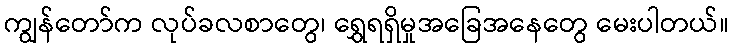
ကျွန်တော်က လုပ်ခလစာတွေ၊ ရွှေရရှိမှုအခြေအနေတွေ မေးပါတယ်။